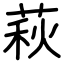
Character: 萩